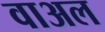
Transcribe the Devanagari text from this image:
वाअल